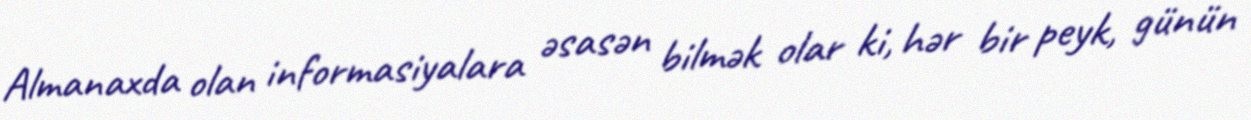
Almanaxda olan informasiyalara əsasən bilmək olar ki, hər bir peyk, günün